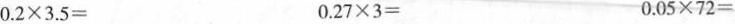
0.2×3.5= 0.27×3= 0.05×72=